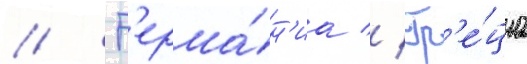
// Г'ерма́н'иа // Гр'е́циа